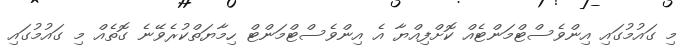
މި ގައުމުގައި އިންވެސްޓްމަންޓެއް ކޮށްފިއްޔާ އެ އިންވެސްޓްމަންޓް ހިމާޔަތްކުރެވޭނެ ގޮތެއް މި ގައުމުގައި